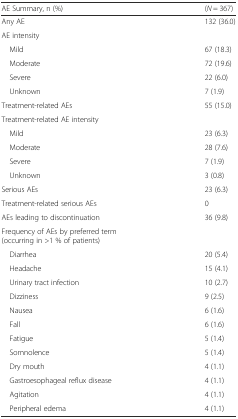
<table><thead><tr><td><b>AE Summary, n (%)</b></td><td><b>(<i>N</i> = 367)</b></td></tr></thead><tbody><tr><td>Any AE</td><td>132 (36.0)</td></tr><tr><td>AE intensity</td><td></td></tr><tr><td> Mild</td><td>67 (18.3)</td></tr><tr><td> Moderate</td><td>72 (19.6)</td></tr><tr><td> Severe</td><td>22 (6.0)</td></tr><tr><td> Unknown</td><td>7 (1.9)</td></tr><tr><td>Treatment-related AEs</td><td>55 (15.0)</td></tr><tr><td>Treatment-related AE intensity</td><td></td></tr><tr><td> Mild</td><td>23 (6.3)</td></tr><tr><td> Moderate</td><td>28 (7.6)</td></tr><tr><td> Severe</td><td>7 (1.9)</td></tr><tr><td> Unknown</td><td>3 (0.8)</td></tr><tr><td>Serious AEs</td><td>23 (6.3)</td></tr><tr><td>Treatment-related serious AEs</td><td>0</td></tr><tr><td>AEs leading to discontinuation</td><td>36 (9.8)</td></tr><tr><td colspan="2">Frequency of AEs by preferred term (occurring in &gt;1 % of patients)</td></tr><tr><td> Diarrhea</td><td>20 (5.4)</td></tr><tr><td> Headache</td><td>15 (4.1)</td></tr><tr><td> Urinary tract infection</td><td>10 (2.7)</td></tr><tr><td> Dizziness</td><td>9 (2.5)</td></tr><tr><td> Nausea</td><td>6 (1.6)</td></tr><tr><td> Fall</td><td>6 (1.6)</td></tr><tr><td> Fatigue</td><td>5 (1.4)</td></tr><tr><td> Somnolence</td><td>5 (1.4)</td></tr><tr><td> Dry mouth</td><td>4 (1.1)</td></tr><tr><td> Gastroesophageal reflux disease</td><td>4 (1.1)</td></tr><tr><td> Agitation</td><td>4 (1.1)</td></tr><tr><td> Peripheral edema</td><td>4 (1.1)</td></tr></tbody></table>